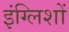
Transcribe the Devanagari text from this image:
इंग्लिशों